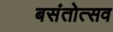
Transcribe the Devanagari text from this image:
बसंतोत्सव